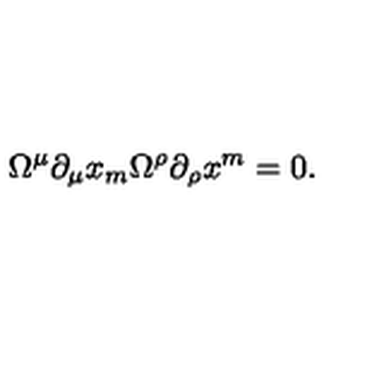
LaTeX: \Omega ^ { \mu } \partial _ { \mu } x _ { m } \Omega ^ { \rho } \partial _ { \rho } x ^ { m } = 0 .